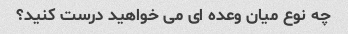
چه نوع میان وعده ای می خواهید درست کنید؟